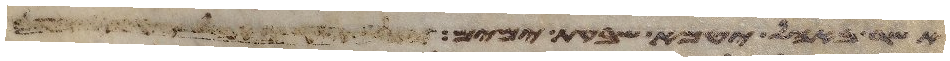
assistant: אשר באהל יטמא שבעת ימים וכל כלי